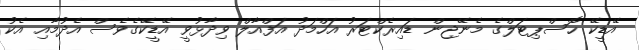
އޭޑީކޭ ހޮސްޕިޓަލްގެ މެނޭޖިން ޑައިރެކްޓަރު އަހްމަދު އަފްއާލް ވިދާޅުވީ އޭޑީކޭގެވެސް އެދުމާއި އެކު